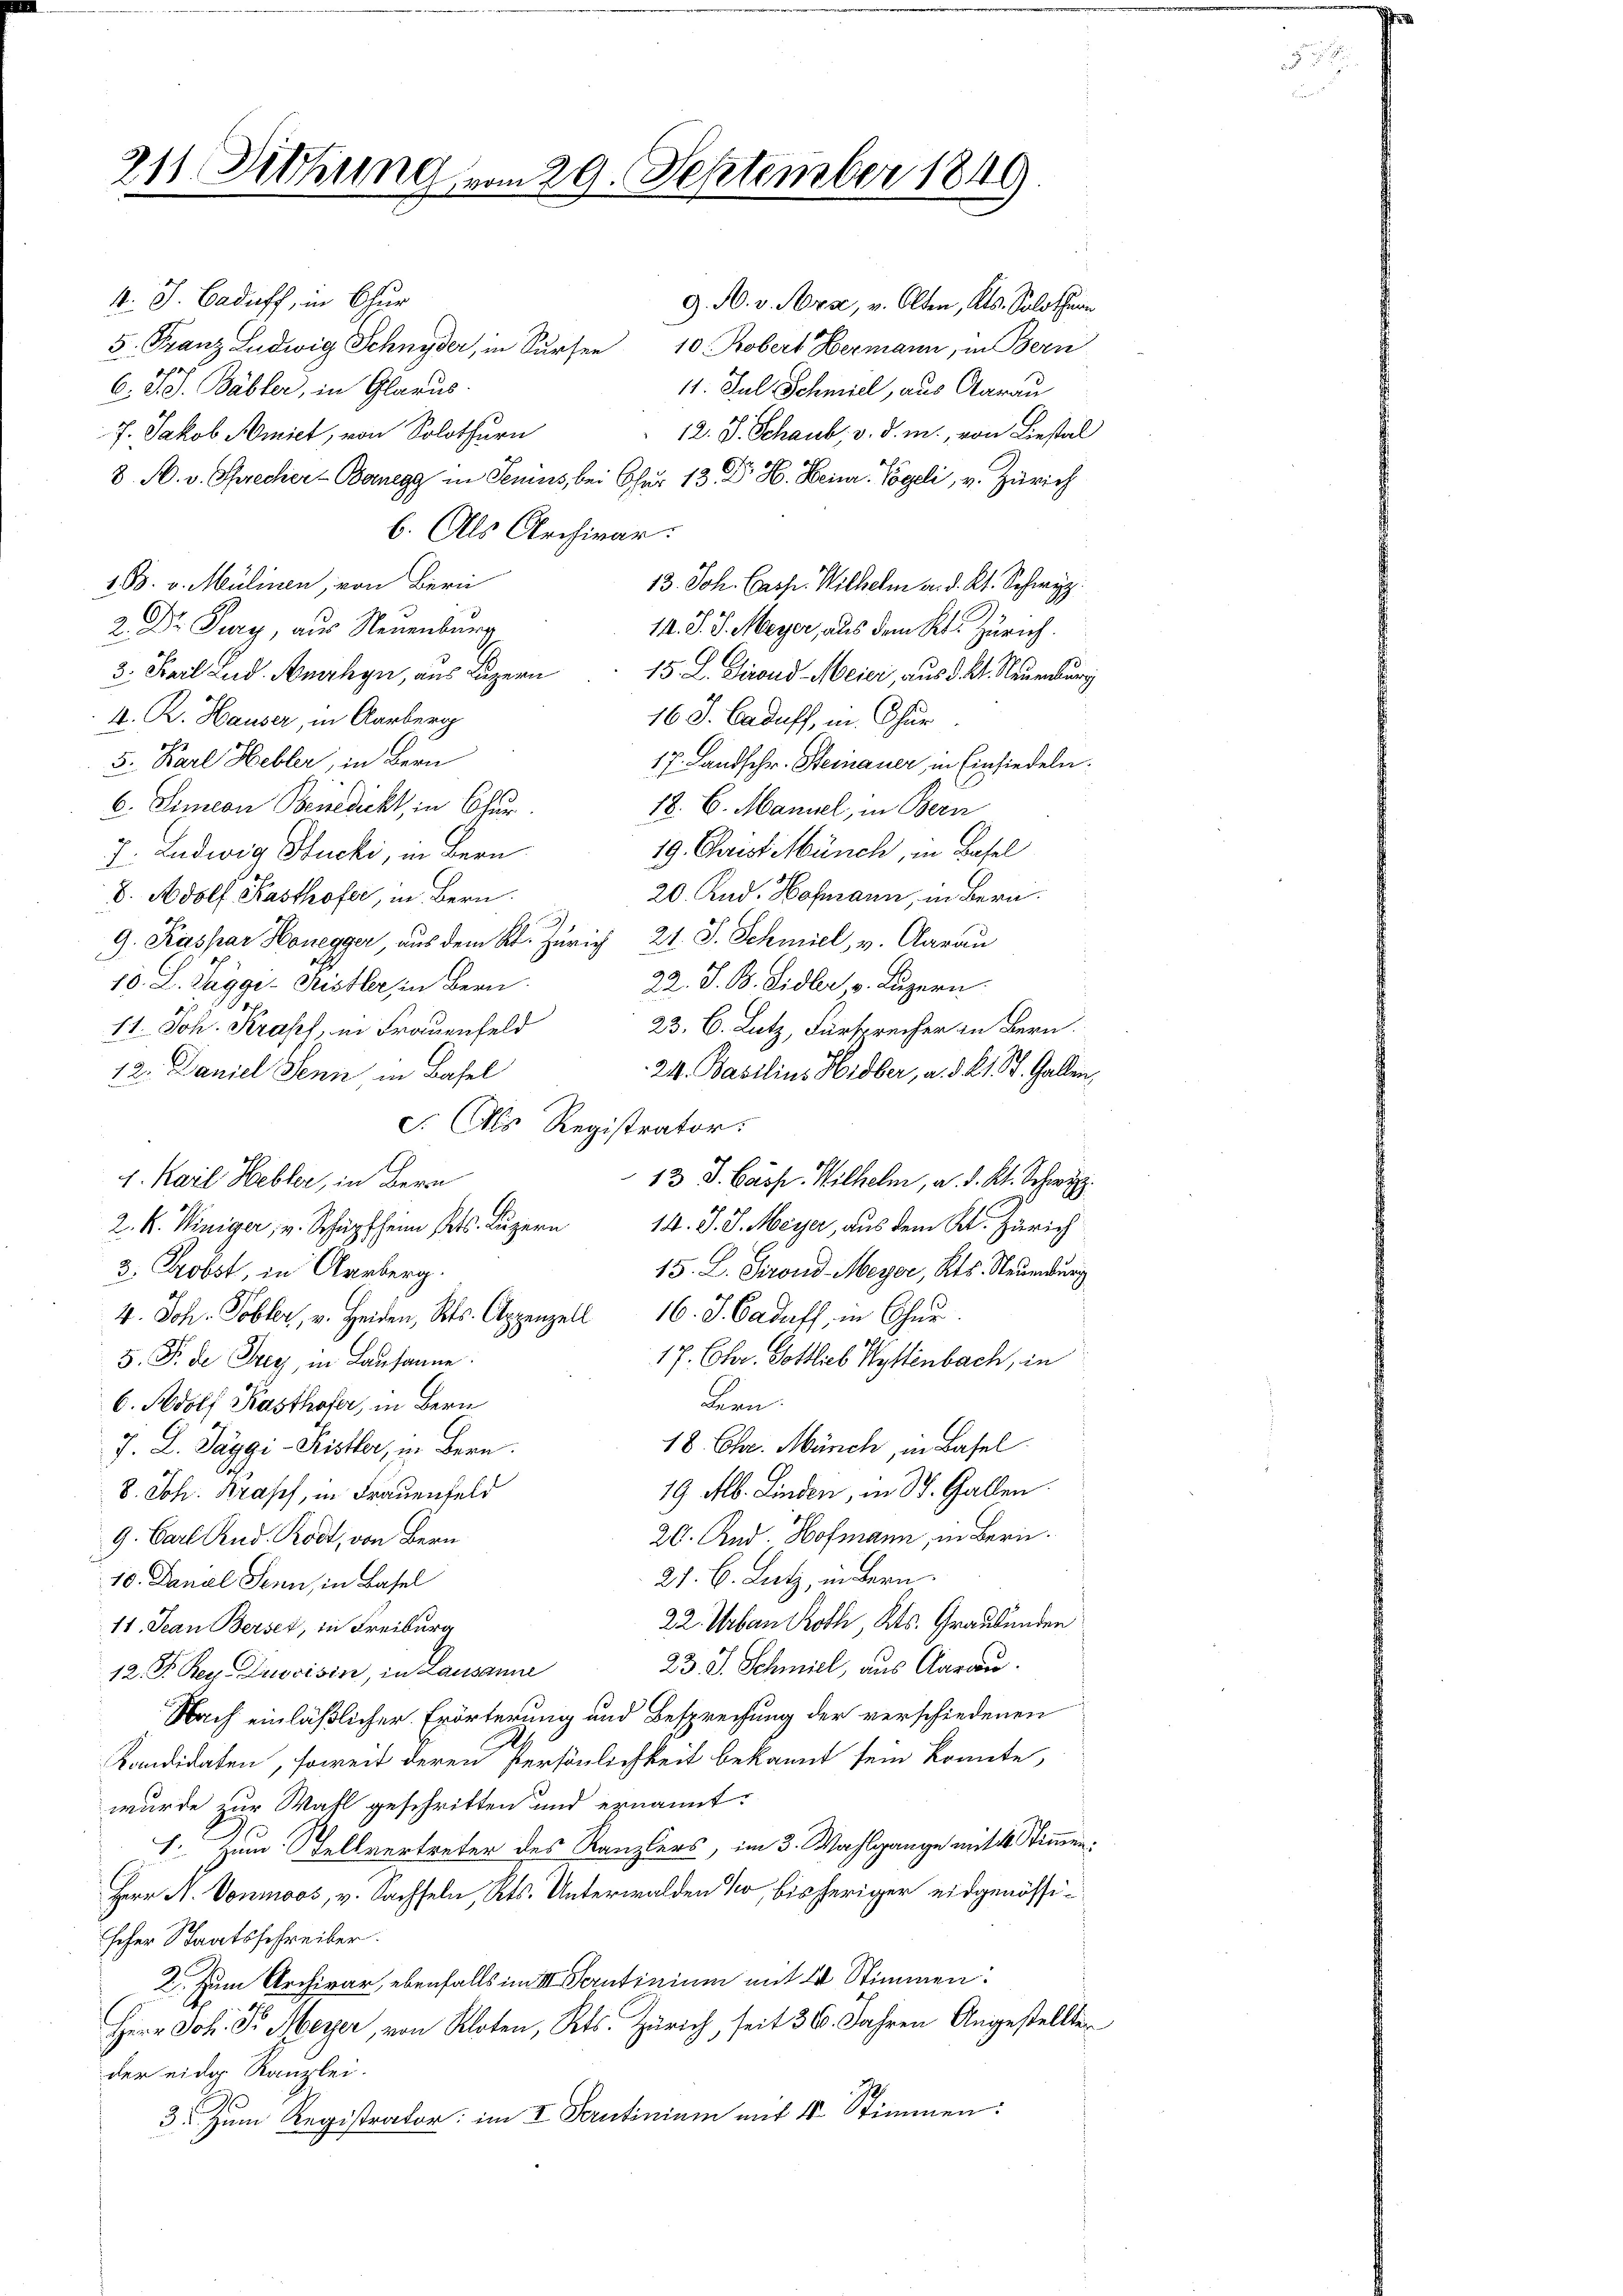
211 Dittung vom 29. September 1849

k. J. Caduff, in Chur
5. Franz Ludwig Schnyder, in Sursen 10. Robert Hermann, in Bern
6. d. d. Bäbler, in Glarus.
7. Jakob Amiet, von Solothurn
8. A. v. Sprecher-Boregg in Senius bei Chur 13. Dr H. Beiner Vögeli, v. Zürich
b. Als Archivar.
1 B. v. Mülinen, von Bern
2 Dr. Jury, aus Neuenburg
3. Karl Lud. Analyn, aus Luzern
A. R. Hauser, in Aarberg
5. Karl Hebler, in Bern
6. Simeon Benedickt, in Chur.
19. Christ Münch, in Basel
7. Ludwig Stucki, in Bern
20. Rud. Hofmann, in Bern.
V. Adolf Kasthofer, in Bern.
22. J. B. Sidler v. Luzern.
10. L. Sagge Kristler in Bern.
11. Joh. Kraft, in Frauenfeld
23. C. Lutz, Fürsprecher in Bern.
24. Basilius Hidber, a. d. 21 St. Gallen
12. Daniel Senn in Basel
c. Als Registrator.
4. Karl Hebler, in Bern
13 S. Casse. Wilhelm, a. d. Kt. Schweiz.
2. K. Winiger v. Schüpfheim Kt. Luzern 14. J. J. Meyer, aus dem Kt. Zürich
3. Probst, in Aarberg.
15. L. Giroud-Meyer, Kts. Neuenburg
4. Joh. Tobler, v. Heiden, Kts. Appenzell 16. J. Cadaff, in Chur
17. Chr. Gottlieb Hyttenbach, in
5. F. de Frey, in Lausanne.
Bern.
6. Adolf Kasthofer, in Bern
18. Chr. Zürich, in Basel
J. L. Paggi Pistler, in Bern.
19 Mb. Linden, in St. Gallen
8. Joh. Brasis, in Frauenfeld
20. And. Hofmann, in Bern.
9. Carl Rud. Rod, von Bern
27. B. Lutz, in Bern.
10. Danal Senn, in Basel
22. Urban Roth, Kts. Graubünden
11. Jean Berset, in Freiburg
23. J. Schmiel, aus Aarau
12. D Rey Duoisin, in Lausanne
Nach einläßlicher Erörterung und Besprechung der verschiedenen
Kandidaten, soweit deren Persönlichkeit bekannt sein konnte,
wurde zur Wahl geschritten und ernannt:
1. Zum Stellvertreter des Kanzlers, im 3. Wahlgange mit 16 Stimmen:
Herr N. Vonmoos, v. Sachseln, Kts. Unterwalden so, bisheriger eidgenössischer Staatsschreiber.
2. Zum Archivar, ebenfalls im III Scrutinium mit 24 Stimmen:
Herr Joh. Dr. Meyer, von Kloten, Kts. Zürich, seit 30. Jahren Angestellten
der eidg. Kanzlei.
3 zum Registrator: im I Scrutinium mit 4 Stimmen:

9. Kaspar Honegger, aus dem Kt. Zürich 21. J. Schmiel, v. Aarau

G. A. v. Mrs, v. Olten, Kts. Solothurn
11. Jul Schmiel, aus Aarau
12. J. Schaub. v. d. m., von Liestal
13. Joh. Casse. Wilhelm a. d. Kt. Schwyz.
14. J. J. Meyer, aus dem Kt. Zürich.
15. L. Finand Meier, aus d. Kt. Neuenburg
16 S. Caduff, in Chur
17. Landschr. Steinauer in Einsiedeln.
18. 6. Manuel, in Bern